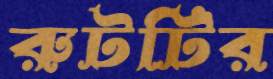
রুটটির